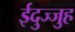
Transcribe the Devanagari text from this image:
ईदुज्जुह